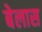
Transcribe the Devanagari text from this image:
बेलास